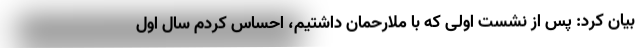
بیان کرد: پس از نشست اولی که با ملارحمان داشتیم، احساس کردم سال اول